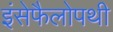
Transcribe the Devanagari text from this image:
इंसेफैलोपथी